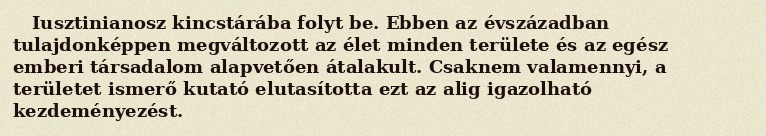
Iusztinianosz kincstárába folyt be. Ebben az évszázadban tulajdonképpen megváltozott az élet minden területe és az egész emberi társadalom alapvetően átalakult. Csaknem valamennyi, a területet ismerő kutató elutasította ezt az alig igazolható kezdeményezést.